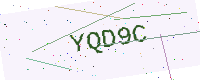
Text: YQD9C